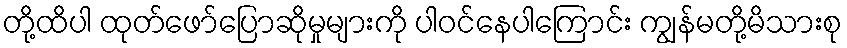
တို့ထိပါ ထုတ်ဖော်ပြောဆိုမှုများကို ပါဝင်နေပါကြောင်း ကျွန်မတို့မိသားစု